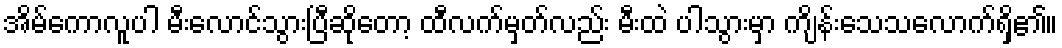
အိမ်ကောလူပါ မီးလောင်သွားပြီဆိုတော့ ထီလက်မှတ်လည်း မီးထဲ ပါသွားမှာ ကျိန်းသေသလောက်ရှိ၏။